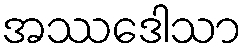
အဿဒေါသာ